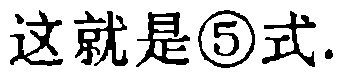
这就是\textcircled{5}式.